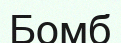
Бомб